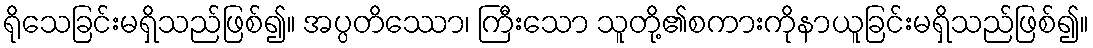
ရိုသေခြင်းမရှိသည်ဖြစ်၍။ အပ္ပတိဿော၊ ကြီးသော သူတို့၏စကားကိုနာယူခြင်းမရှိသည်ဖြစ်၍။